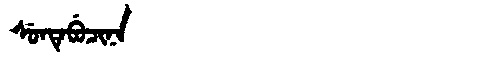
Manchu: ᠰᡠᠨᡨᡝᠪᡠᠴᡳᠨᠠ
Romanization: SUNTEBUCINA